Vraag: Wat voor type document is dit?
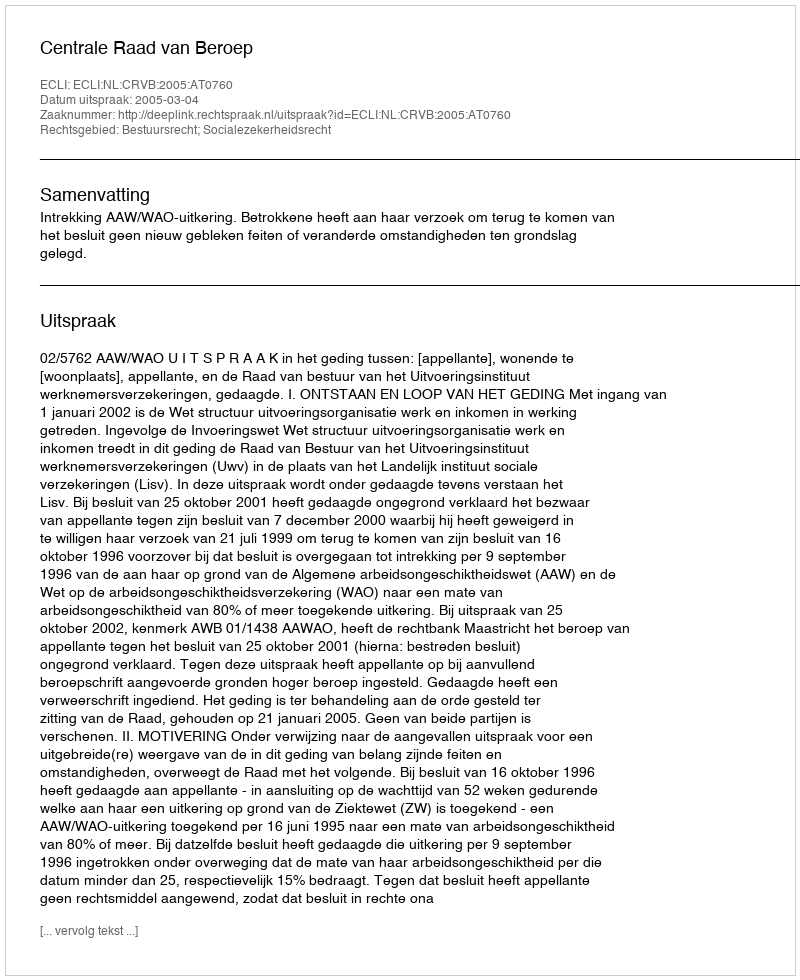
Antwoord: Uitspraak